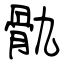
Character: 骩